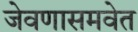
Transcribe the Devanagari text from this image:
जेवणासमवेत